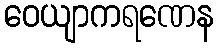
ဝေယျာကရဏေန